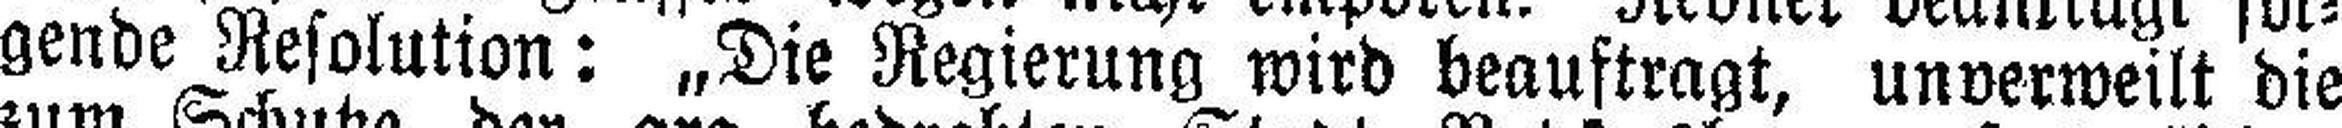
gende Resolution: „Die Regierung wird beauftragt, unverweilt die